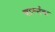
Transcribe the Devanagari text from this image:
चार्ल्सचा